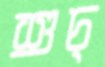
শুচ্